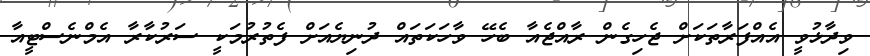
ވިދާޅުވީ އެއްފަރާތަކަށް ޖެހިގެން ރާއްޖެއާ ބެހޭ ވާހަކަތައް ދުނިޔެއަށް ފެތުރުމަކީ ސަރުކާރާ އެމްނެސްޓީއާ